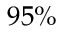
9 5 \%